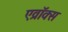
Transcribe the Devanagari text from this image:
एव्रॉक्स